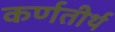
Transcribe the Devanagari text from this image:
कर्णतीर्थ